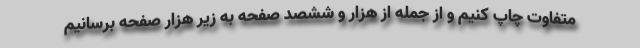
متفاوت چاپ کنیم و از جمله از هزار و ششصد صفحه به زیر هزار صفحه برسانیم